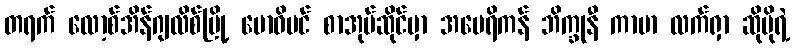
တရက် လော့စ်အိန်ဂျလိစ်မြို့ ဗောဓိပင် စာအုပ်ဆိုင်မှာ အမေရိကန် ဘိက္ခုနီ ကာမာ လက်ရှာ ဆိုမိုရဲ့